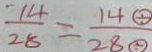
\frac { 1 4 } { 2 8 } = \frac { 1 4 \textcircled { \div } } { 2 8 \textcircled { \div } }